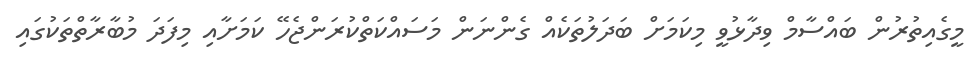
މީގެއިތުރުން ބައްސާމް ވިދާޅުވީ މިކަމަށް ބަދަލުތަކެއް ގެންނަން މަސައްކަތްކުރަންޖެހޭ ކަމަށާއި މިފަދަ މުބާރާތްތަކުގައި